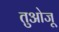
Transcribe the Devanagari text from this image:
तुओजू